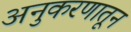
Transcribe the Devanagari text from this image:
अनुकरणातून